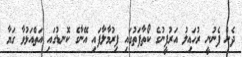
ދެން ފެނުނީ ރުހައިލު އަރުފީނުގެ ކޯތާފަތުގައި ފިރުމާލާފައި އޭނާގެ ކޮނޑުގައި އަތްއަޅުވާ ގަޔާ